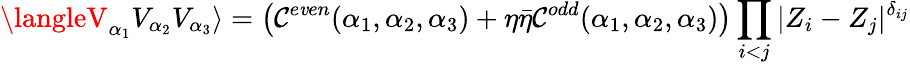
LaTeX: \langleV_{\alpha_{1}}V_{\alpha_{2}}V_{\alpha_{3}}\rangle=\left(\mathcal{C}^{e\mathit{v}en}(\alpha_{1},\alpha_{2},\alpha_{3})+\eta\bar{{\eta}}\mathcal{C}^{odd}(\alpha_{1},\alpha_{2},\alpha_{3})\right)\prod_{i<j}|Z_{i}-Z_{j}|^{\delta_{ij}}